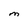
Character: M